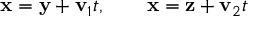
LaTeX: { \bf x } = { \bf y } + { \bf v } _ { 1 } t , \qquad { \bf x } = { \bf z } + { \bf v } _ { 2 } t